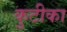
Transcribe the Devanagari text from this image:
कुटीका